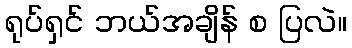
ရုပ်ရှင် ဘယ်အချိန် စ ပြလဲ။